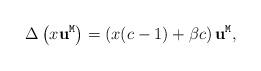
LaTeX: \begin{align*}\Delta \left(x {\bf u}^{\tt M}\right)=\left(x(c-1)+\beta c\right){\bf u}^{\tt M},\end{align*}